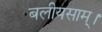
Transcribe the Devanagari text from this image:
बलीयसाम्।